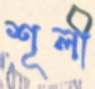
শূলী